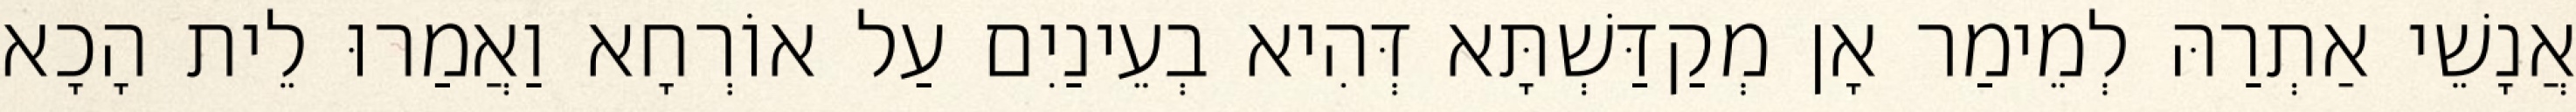
אֲנָשֵׁי אַתְרַהּ לְמֵימַר אָן מְקַדַּשְׁתָּא דְּהִיא בְעֵינַיִם עַל אוֹרְחָא וַאֲמַרוּ לֵית הָכָא